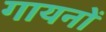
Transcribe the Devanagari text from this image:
गायनों